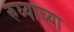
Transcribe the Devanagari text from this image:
रुघ्याच्या